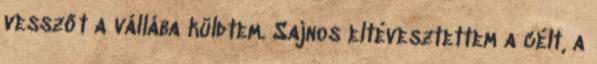
vesszőt a vállába küldtem. Sajnos eltévesztettem a célt, a